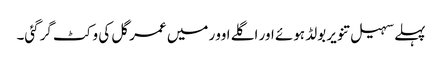
پہلے سہیل تنویر بولڈ ہوئے اور اگلے اوور میں عمر گل کی وکٹ گرگئی۔